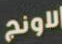
دونج